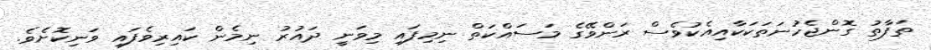
ތަފާތު ގޮންޖެހުނަތަކަކާއިއެކުވެސް ރަންވޭގެ މަސައްކަތް ނިމިފައި މިވަނީ ދައުރު ނިމެން ކައިރިވެފައި ވަނިކޮށެވެ.